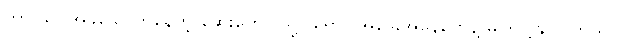
ဟာ သင်အခုသောက်နေတဲ့ ဆေးတွေ (သို့) ရောဂါအခြေအနေတွေနဲ့ ဓါတ်ပြုနိုင်ပါတယ်။